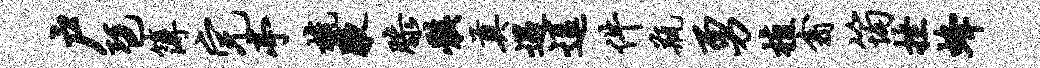
户琶簿完亭梳腋膝骸奠遇逗件瓶勇植翕筠挫蜂